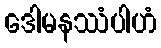
ဒေါမနဿံပါဟံ